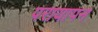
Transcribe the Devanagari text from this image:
परायापन